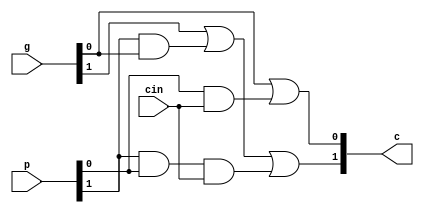
`ifndef _pg2_v_
`define _pg2_v_
`endif

module pg2(cin,c,p,g);

  input [1:0] p,g;
  input cin;
  output [2:1] c;

  wire [1:0] p,g;
  wire cin;
  wire [2:1] c;
 
  assign c[1] = g[0] | (p[0] & cin);
  assign c[2] = g[1] | (p[1] & g[0]) | (p[1] & p[0] & cin);
 
endmodule